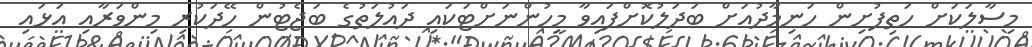
މިސާލަކަށް ހަތިފުށިން ހަނިމާދުއަށް ބަދަލުކޮށްފައިވާ މީހުންނަށްޓަކައި ދައުލަތުގެ ބަޖެޓުން ހޭދަކުރި މިންވަރާއި އަޅައި